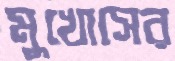
মুখোসের